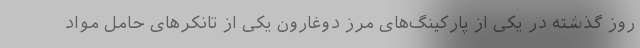
روز گذشته در یکی از پارکینگ‌های مرز دوغارون یکی از تانکرهای حامل مواد